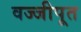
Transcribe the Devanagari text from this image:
वज्जीपूत